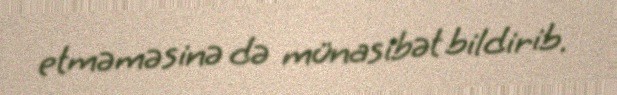
etməməsinə də münasibət bildirib.